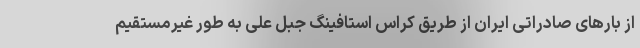
از بارهای صادراتی ایران از طریق کراس استافینگ جبل علی به طور غیرمستقیم